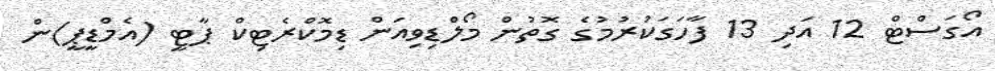
އޯގަސްޓް 12 އަދި 13 ފާހަގަކުރުމުގެ ގޮތުން މޯލްޑިވިއަން ޑިމޮކްރެޓިކް ޕާޓީ (އެމްޑީޕީ)ން